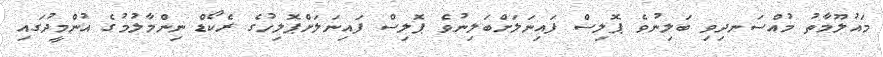
މައުލޫމާތު މުއްސަނދިވި ބަލިނުވެ ޕޮލިސް ފައިނަލަށްބަލިނުވެ ޕޮލިސް ފައިނަލަށްޕޮލިހުގެ ރެކޯޑް ނިންމާލުމުގެ އުންމީދުގައި